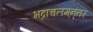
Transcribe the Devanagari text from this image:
भद्राचलम्‌नंतर